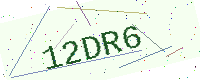
Text: 12DR6